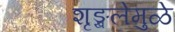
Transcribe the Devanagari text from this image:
शृङ्खलेमुळे